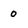
Character: 0